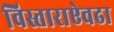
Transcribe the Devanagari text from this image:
विस्ताराऐवढा